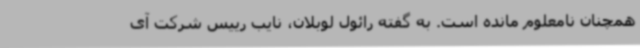
همچنان نامعلوم مانده است. به گفته رائول لوبلان، نایب رییس شرکت آی